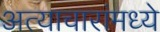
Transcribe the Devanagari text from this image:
अत्याचारांमध्ये